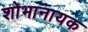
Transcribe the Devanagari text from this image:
शोभानायक